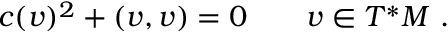
c ( v ) ^ { 2 } + ( v , v ) = 0 \qquad v \in T ^ { * } M \ .